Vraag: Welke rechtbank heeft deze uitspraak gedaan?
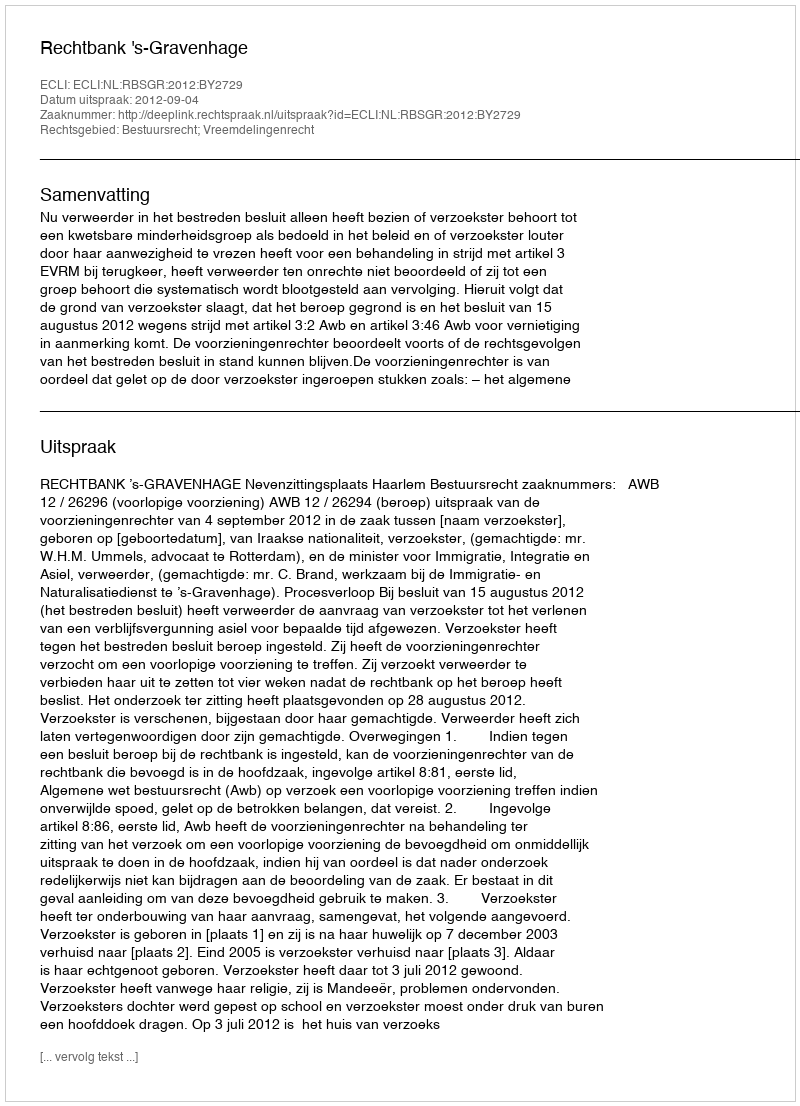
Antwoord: Rechtbank 's-Gravenhage